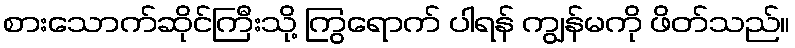
စားသောက်ဆိုင်ကြီးသို့ ကြွရောက် ပါရန် ကျွန်မကို ဖိတ်သည်။